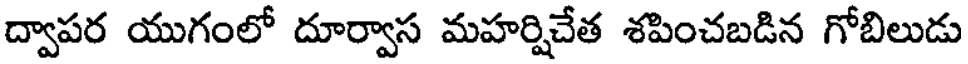
ద్వాపర యుగంలో దూర్వాస మహర్షిచేత శపించబడిన గోబిలుడు